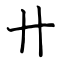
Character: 卄